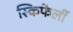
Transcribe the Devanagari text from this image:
स्किफेर्ली